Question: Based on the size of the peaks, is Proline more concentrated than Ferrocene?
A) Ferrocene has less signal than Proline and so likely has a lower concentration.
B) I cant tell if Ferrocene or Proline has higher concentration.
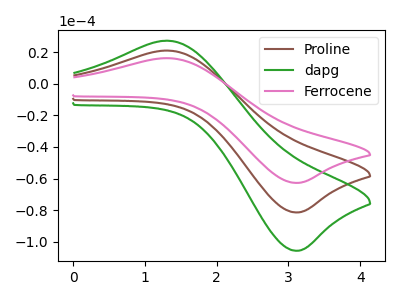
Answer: <think>The brown curve "Proline" has an anodic peak at (1.30V, 20.95uA) and a cathodic peak at (3.15V, -81.40uA). The green curve "dapg" has an anodic peak at (1.30V, 41.90uA) and a cathodic peak at (3.15V, -162.85uA). The pink curve "Ferrocene" has an anodic peak at (1.30V, 16.15uA) and a cathodic peak at (3.15V, -62.75uA).
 All the peaks in "Ferrocene" have a peak in "Proline" at the same potential. Every peak in "Ferrocene" is lower than every peak in "Proline".</think>
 <answer>A) "Ferrocene" has less signal than "Proline" and so likely has a lower concentration.</answer>
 <eval>A</eval>